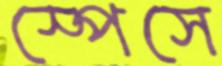
স্পেসে